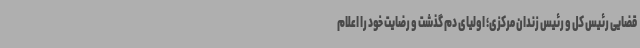
قضایی رئیس کل و رئیس زندان مرکزی؛ اولیای دم گذشت و رضایت خود را اعلام